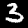
Label: 3